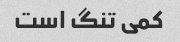
کمی تنگ است